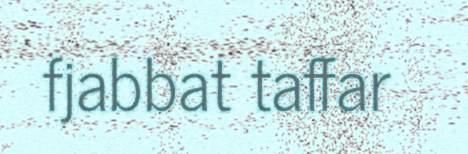
fjabbat taffar